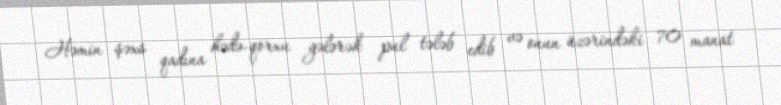
Həmin şəxs qadına hədə-qorxu gələrək pul tələb edib və onun üzərindəki 70 manat